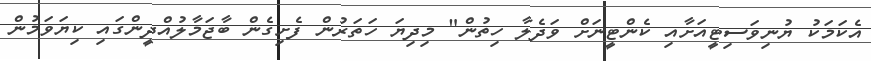
އެކަމަކު ޔުނިވަސިޓީއަށާއި ކެންޓީނަށް ވަދެލާ ހިތުން" މިދިޔަ ހަތަރުން ފެށިގެން ބާޖަމާލުއްދީންގައި ކިޔަވަމުން